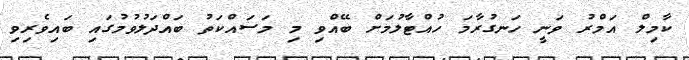
ކާމިލް އަމްރު ވަނީ ހަނގުރާމަ ހުއްޓާލުމަށް ބޭއްވި މި މަސައްކަތު ބައްދަލުވުމުގައި ބައިވެރިވި